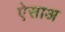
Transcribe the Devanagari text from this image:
ऐसाअ